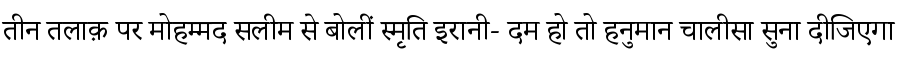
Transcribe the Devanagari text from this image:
तीन तलाक़ पर मोहम्मद सलीम से बोलीं स्मृति इरानी- दम हो तो हनुमान चालीसा सुना दीजिएगा